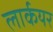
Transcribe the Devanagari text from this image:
लार्कयर